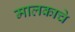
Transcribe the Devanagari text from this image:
मालकाचे